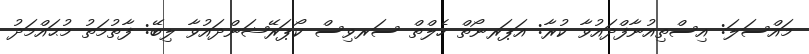
މައްސަލަ: އިސްތިއުނާފްދައުވާ ކުރާ: އަޕަރނޯތް ހެލްތް ސަރވިސް ކޯޕަރޭޝަންދައުވާ ލިބޭ: ފާތުމަތު މުޙައްމަދު